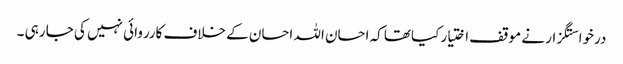
درخواستگزار نے موقف اختیار کیاتھا کہ احسان اللہ احسان کے خلاف کارروائی نہیں کی جا رہی ۔